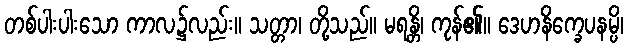
တစ်ပါးပါးသော ကာလ၌လည်း။ သတ္တာ၊ တို့သည်။ မရန္တိ၊ ကုန်၏။ ဒေဟနိက္ခေပနမ္ပိ၊